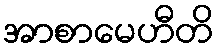
အာစာမေဟီတိ